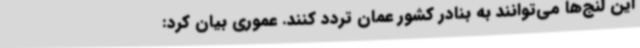
این لنج‌ها می‌توانند به بنادر کشور عمان تردد کنند. عموری بیان کرد: